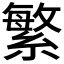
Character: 繁